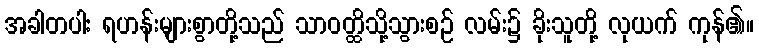
အခါတပါး ရဟန်းများစွာတို့သည် သာဝတ္ထိသို့သွားစဉ် လမ်း၌ ခိုးသူတို့ လုယက် ကုန်၏။